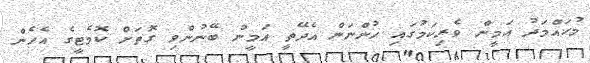
މުޙައްމަދު އަމީން ވެރިކަމުގައި ހުންނަން އެދޭތީ އަމީން ބޭނުންވި ގޮތަށް ކޮމެޓީގެ އެހެން